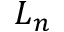
L _ { n }